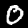
Digit: 0